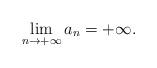
LaTeX: \begin{align*}\lim_{n \to +\infty} a_n = +\infty.\end{align*}